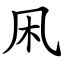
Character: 凩